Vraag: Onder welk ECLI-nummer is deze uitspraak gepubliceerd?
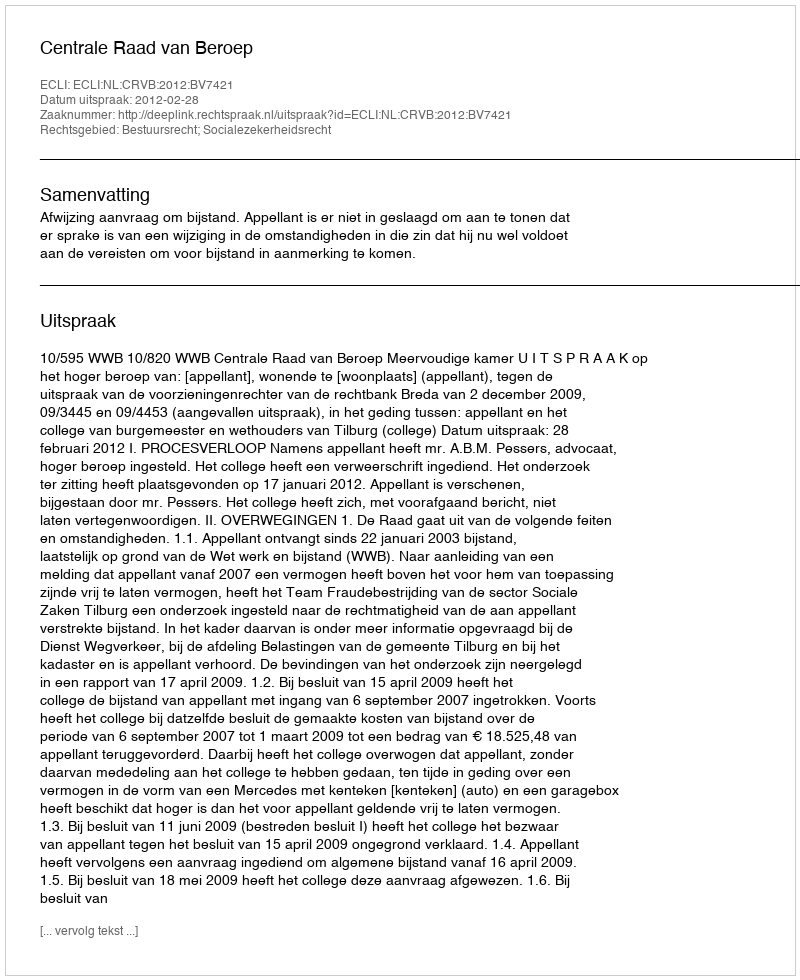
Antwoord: ECLI:NL:CRVB:2012:BV7421